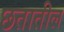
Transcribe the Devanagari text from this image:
छतातील